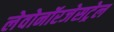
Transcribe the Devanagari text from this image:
लेवोनॉरजेसट्रेल